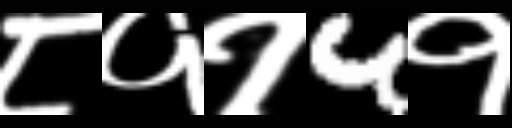
Text: ८११4१